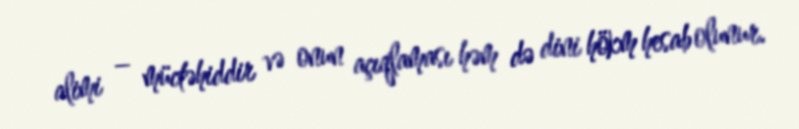
alimi – müctəhiddir və onun açıqlaması həm də dini hökm hesab olunur.